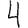
Digit: 4